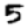
Digit: 5